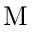
\mathrm { M }